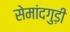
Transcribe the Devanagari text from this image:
सेमांदगुड़ी